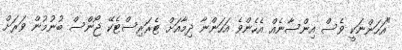
"އަހަންނަކީ ވެސް އިންސާނެއް އެހެންވެ އަހަންނާ ދިމާއަށް ޓެރަރިސްޓެކޭ ޖޯންސް ބުނުމުން ވަރަށް